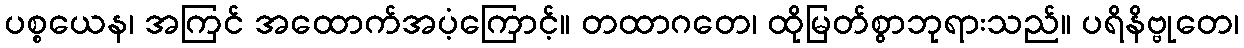
ပစ္စယေန၊ အကြင် အထောက်အပံ့ကြောင့်။ တထာဂတေ၊ ထိုမြတ်စွာဘုရားသည်။ ပရိနိဗ္ဗုတေ၊